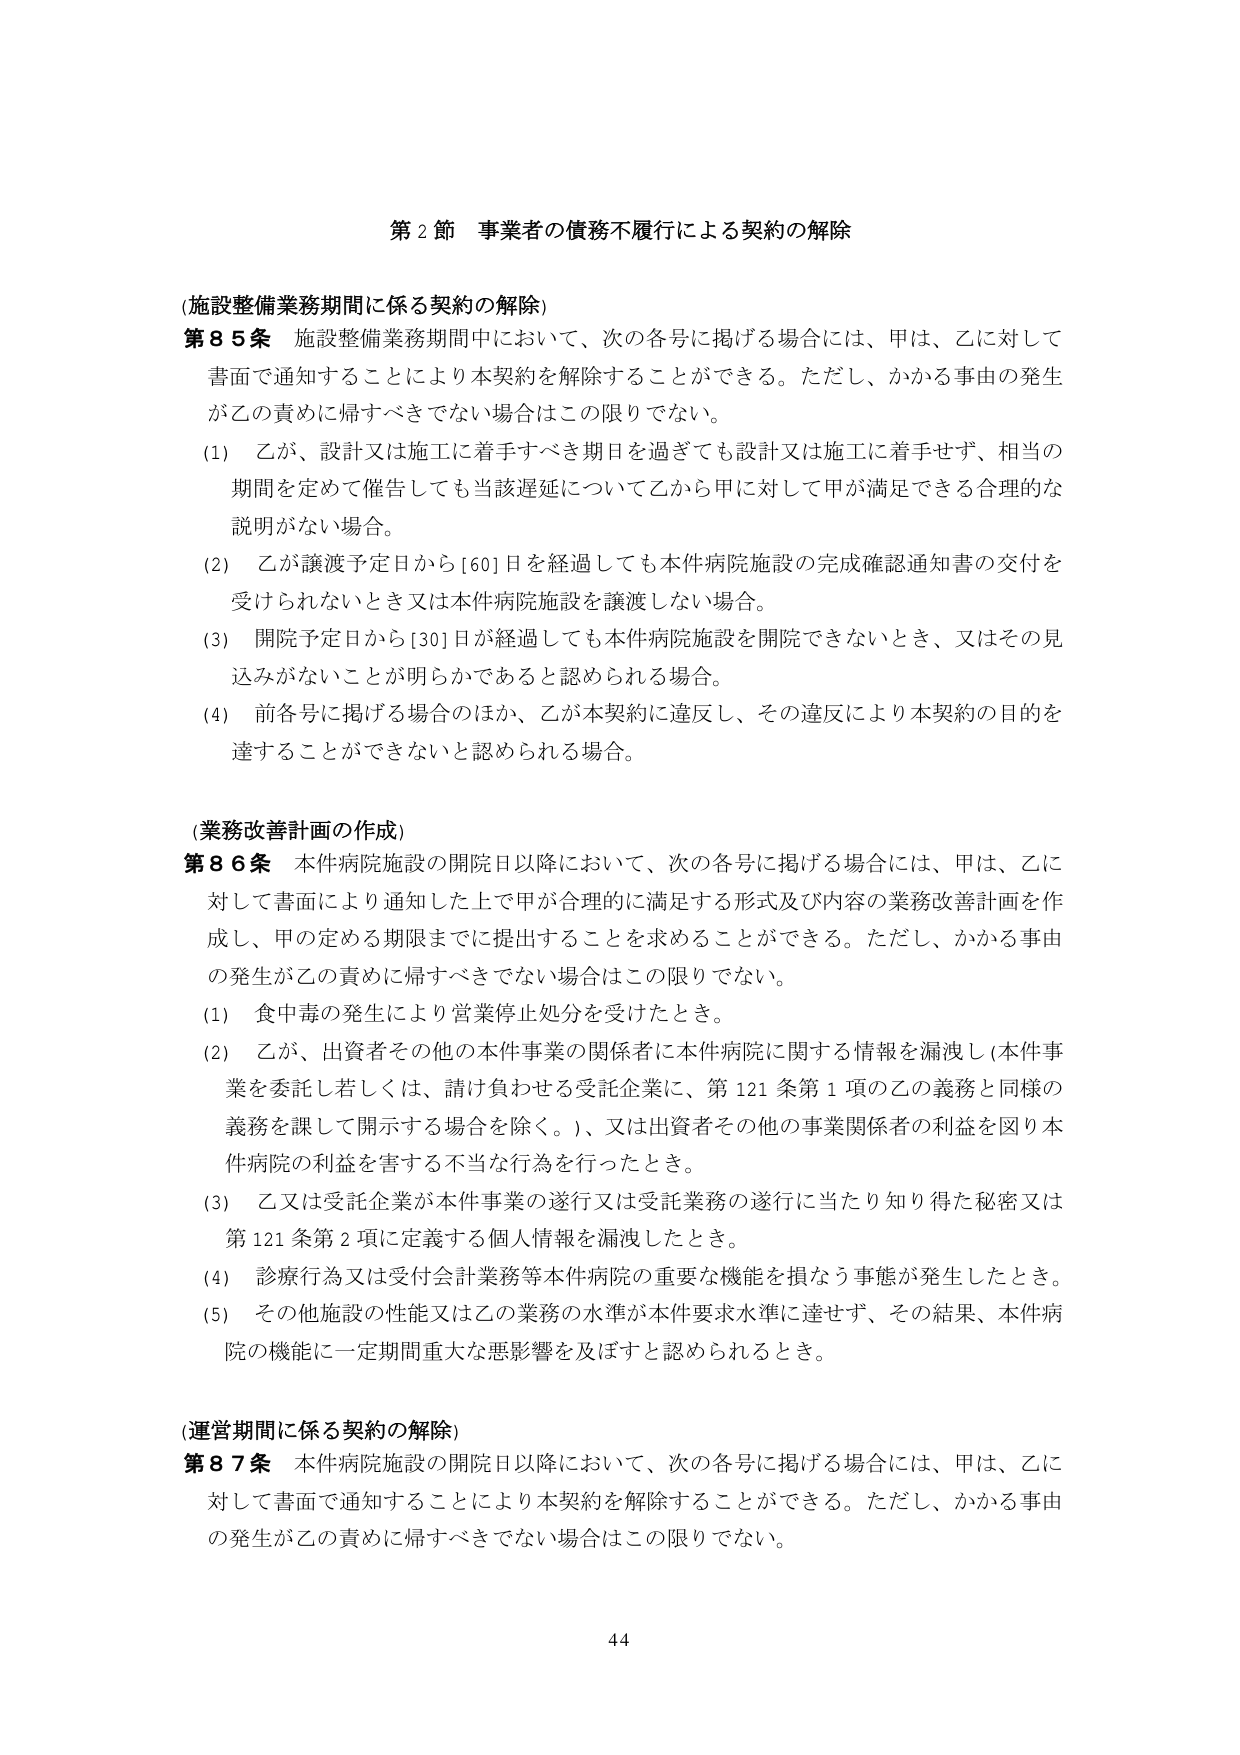
第２節 事業者の債務不履行による契約の解除

(施設整備業務期間に係る契約の解除)
第８５条 施設整備業務期間中において、次の各号に掲げる場合には、甲は、乙に対して書面で通知することにより本契約を解除することができる。ただし、かかる事由の発生が乙の責めに帰すべきでない場合はこの限りでない。
(1) 乙が、設計又は施工に着手すべき期日を過ぎても設計又は施工に着手せず、相当の期間を定めて催告しても当該遅延について乙から甲に対して甲が満足できる合理的な説明がない場合。
(2) 乙が譲渡予定日から[60]日を経過しても本件病院施設の完成確認通知書の交付を受けられないとき又は本件病院施設を譲渡しない場合。
(3) 開院予定日から[30]日が経過しても本件病院施設を開院できないとき、又はその見込みがないことが明らかであると認められる場合。
(4) 前各号に掲げる場合のほか、乙が本契約に違反し、その違反により本契約の目的を達することができないと認められる場合。

(業務改善計画の作成)
第８６条 本件病院施設の開院日以降において、次の各号に掲げる場合には、甲は、乙に対して書面により通知した上で甲が合理的に満足する形式及び内容の業務改善計画を作成し、甲の定める期限までに提出することを求めることができる。ただし、かかる事由の発生が乙の責めに帰すべきでない場合はこの限りでない。
(1) 食中毒の発生により営業停止処分を受けたとき。
(2) 乙が、出資者その他の本件事業の関係者に本件病院に関する情報を漏洩し（本件事業を委託し若しくは、請け負わせる受託企業に、第121条第1項の乙の義務と同様の義務を課して開示する場合を除く。）、又は出資者その他の事業関係者の利益を図り本件病院の利益を害する不当な行為を行ったとき。
(3) 乙又は受託企業が本件事業の遂行又は受託業務の遂行に当たり知り得た秘密又は第121条第2項に定義する個人情報を漏洩したとき。
(4) 診療行為又は受付会計業務等本件病院の重要な機能を損なう事態が発生したとき。
(5) その他施設の性能又は乙の業務の水準が本件要求水準に達せず、その結果、本件病院の機能に一定期間重大な悪影響を及ぼすと認められるとき。

(運営期間に係る契約の解除)
第８７条 本件病院施設の開院日以降において、次の各号に掲げる場合には、甲は、乙に対して書面で通知することにより本契約を解除することができる。ただし、かかる事由の発生が乙の責めに帰すべきでない場合はこの限りでない。

44